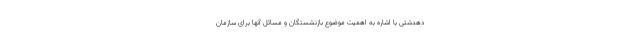
دهدشتی با اشاره به اهمیت موضوع بازنشستگان و مسائل آنها برای سازمان